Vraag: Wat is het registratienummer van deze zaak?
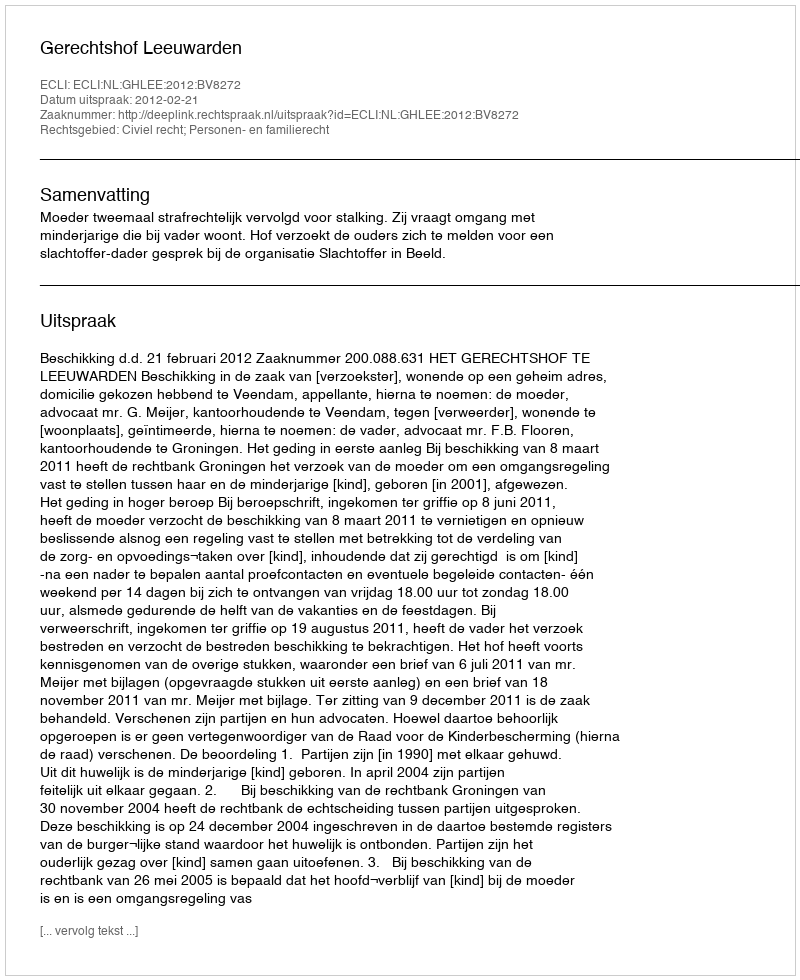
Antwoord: http://deeplink.rechtspraak.nl/uitspraak?id=ECLI:NL:GHLEE:2012:BV8272